Lunatic asylums Central Provinces reports 1910-1926 - 1910-1926
Year: 1910
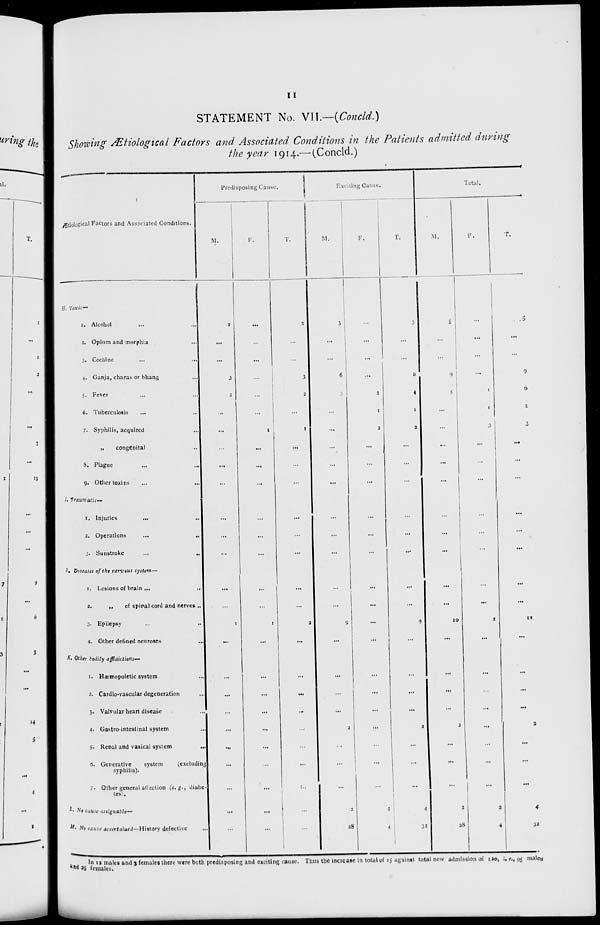
11
STATEMENT No. VII.—(Concld.)
Showing Ætiological Factors and Associated Conditions in the Patients admitted during
the year 1914.—(Concld.)
Ætiological Factors and Associated Conditions.
H. Toxic—
1. Alcohol ... ...
2. Opium and morphia ...
3. Cocaine
...
...
4. Ganja, charas or bhang ...
5. Fever ... ...
6. Tuberculosis ... ...
7. Syphilis, acquired ...
„
congenital
8. Plague ... ...
9. Other toxins ... ...
I. Traumatic—
1. Injuries
...
...
2. Operations ... ...
3. Sunstroke
...
...
J. Diseases of the nervous system-—
1. Lesions of brain ...
...
2.
„
of spinal cord and nerves ...
3. Epilepsy ... ...
4. Other defined neuroses
...
K. Other bodily affaictions—
1. Hæmopoletic system ...
2. Cardio-vascular degeneration ...
3. Valvular heart disease ...
4. Gastro-intestinal system ...
5. Renal and vasical system
...
6. Generative
system
(excluding
syphilis).
7. Other general aflection (e. g., diabe
tes).
L. No cause assignable—
M. No cause ascertained— History defective ...
Predisposing Cause.
M.
2
...
...
3
2
...
...
...
...
...
...
...
...
...
...
1
...
...
...
...
...
...
...
...
...
...
F.
...
...
...
...
...
...
1
...
...
...
...
...
...
...
...
1
...
...
...
...
...
...
...
...
...
...
T.
2
...
...
3
2
...
1
...
...
...
...
...
...
...
...
2
...
...
...
...
...
...
...
...
...
...
Exciting Cause.
M.
3
...
...
6
3
...
...
...
...
...
...
...
...
...
...
9
...
...
...
...
2
...
...
...
2
28
F.
...
...
...
...
1
1
2
...
...
...
...
...
...
...
...
...
...
...
...
...
...
...
...
...
2
4
T.
3
...
...
6
4
1
2
...
...
...
...
...
...
...
...
9
...
...
...
...
2
...
...
...
4
32
Total.
M.
5
...
...
9
5
...
...
...
...
...
...
...
...
...
...
10
...
...
...
...
3
...
...
...
2
28
F.
...
...
...
...
1
1
3
...
...
...
...
...
...
...
...
1
...
...
...
...
...
...
...
...
2
4
T.
5
...
...
9
6
1
3
...
...
...
...
...
...
...
...
11
...
...
...
...
3
...
...
...
4
32
In
12
males and 3 females there were both predisposing and exciting cause. Thus the increase in total of 15 against total new admission of 120, i. e., 95 males
and 25 females.